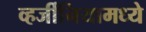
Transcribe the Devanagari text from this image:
व्हर्जीनियामध्ये